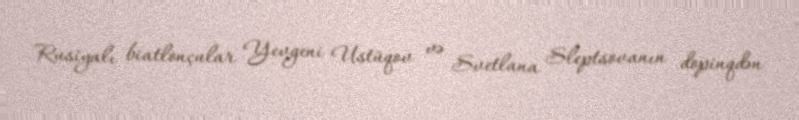
Rusiyalı biatlonçular Yevgeni Ustüqov və Svetlana Sleptsovanın dopinqdən